Lunatic asylums Bombay report 1878-1890 - 1878-1890
Year: 1878
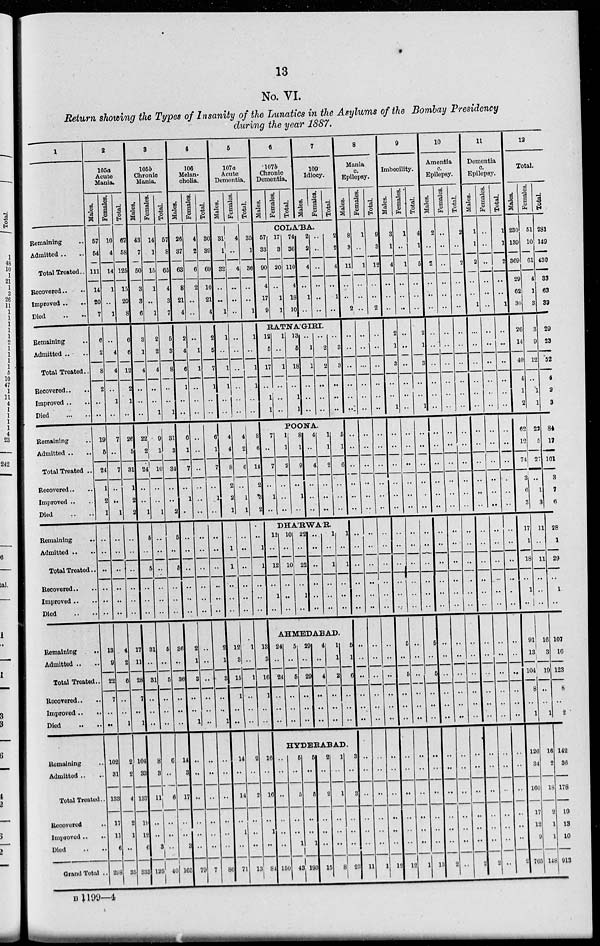
13
No. VI.
Return showing the Types of Insanity of the Lunatics in the Asylums of the Bombay Presidency
during the year 1887.
1
Remaining ..
Admitted ..
Total Treated..
Recovered .. ..
Improved .. ..
Died .. ..
Remaining ..
Admitted .. ..
Total Treated..
Recovered.. ..
Improved .. ..
Died
..
..
Remaining ..
Admitted ..
Total Treated ..
Recovered.. ..
Improved .. ..
Died .. ..
Remaining ..
Admitted .. ..
Total Treated ..
Recovered .. ..
Improved .. ..
Died .. ..
Remaining
..
Admitted .. ..
Total Treated..
Recovered . . ..
Improved .. ..
Died .. ..
Remaining ..
Admitted .. ..
Total Treated..
Recovered
..
Improved ..
..
Died .. ..
Grand Total ..
2
105a
Acute
Mania.
Males.
67
54
111
14
20
7
6
2
8
2
..
..
19
5
24
1
2
1
..
..
..
..
..
..
13
9
22
7
..
..
102
31
133
17
11
6
298
Females.
10
4
14
1
..
1
..
4
4
..
1
..
7
..
7
..
..
1
..
..
..
..
..
..
4
2
6
..
..
1
2
2
4
2
1
..
35
Total.
77
58
125
15
20
8
6
6
12
2
1
..
26
5
31
1
2
2
..
..
..
..
..
..
17
11
28
7
..
1
104
33
137
19
12
6
333
3
105b
Chronic
Mania.
Males.
43
7
50
3
3
6
3
1
4
..
..
..
22
2
24
..
..
1
5
..
5
..
..
..
31
..
31
..
..
..
8
3
11
..
..
3
125
Females.
14
1
15
1
..
1
2
2
4
..
..
1
9
1
10
..
..
1
..
..
..
..
..
..
5
..
5
..
..
..
6
..
6
..
..
..
40
Total
57
8
65
4
3
7
5
3
8
..
..
1
31
3
34
..
..
2
5
..
5
..
..
..
36
..
36
..
..
..
14
3
17
..
..
3
165
4
106
Melan-
cholia.
Males.
26
87
63
8
21
4
2
4
6
1
..
..
6
1
7
..
1
..
..
..
..
..
..
..
2
1
3
..
..
1
..
..
..
..
..
..
79
Females.
4
2
6
2
..
..
..
1
1
..
..
..
..
..
..
..
..
..
..
..
..
..
..
..
..
..
..
..
..
..
..
..
..
..
..
..
7
Total.
30
89
69
10
21
4
2
5
7
1
..
..
6
1
7
..
1
..
..
..
..
..
..
..
2
1
3
..
..
1
..
..
..
..
..
..
86
5
107a
Acute
Dementia.
Males.
31
1
32
..
..
1
1
..
1
1
..
..
4
4
8
2
2
1
..
1
1
..
..
..
12
3
15
1
..
..
14
..
14
..
1
..
71
Females.
4
..
4
..
..
..
..
..
..
..
..
..
4
2
6
..
1
1
..
..
..
..
..
..
1
..
1
..
..
..
2
..
2
..
..
..
13
Total.
6
107b
Chronic
Dementia.
Males.
Females.
Total.
7
109
Idiocy.
Males.
Females. Total.
COLÁBA.
35
1
36
..
..
1
1
..
1
..
..
..
8
6
14
2
3
2
..
1
1
..
..
..
13
3
16
1
..
..
16
..
16
..
1
..
84
57
33
80
4
17
9
17
3
30
..
1
1
74
36
110
4
18
10
2
2
4
..
1
..
..
..
..
..
..
..
2
2
4
..
1
..
RATNÁGIRI.
12
5
17
..
1
1
1
..
1
..
..
..
13
5
18
..
1
1
..
1
1
..
..
..
..
2
2
..
..
..
..
3
3
..
..
..
POONA.
7
..
7
..
1
..
1
1
2
..
..
..
8
1
9
..
1
..
4
..
4
..
..
..
1
1
2
..
..
..
5
1
6
..
..
..
DHÁRWAR.
12
..
12
..
1
..
10
..
10
..
..
..
22
..
22
..
1
..
..
..
..
..
..
..
1
..
1
..
..
..
1
..
1
..
..
..
AHMEDABAD.
24
..
24
..
..
..
5
..
5
..
..
..
29
..
29
..
..
..
4
..
4
..
..
..
1
1
2
..
..
..
5
1
6
..
..
..
HYDERABAD.
..
..
..
..
..
..
150
5
..
5
..
..
1
43
5
..
5
..
..
1
193
2
..
2
..
..
..
15
1
..
1
..
..
..
8
3
..
3
..
..
..
23
8
Mania
c.
Epilepsy.
Males.
8
3
11
..
..
2
..
..
..
..
..
..
..
..
..
..
..
..
..
..
..
..
..
..
..
..
..
..
..
..
..
..
..
..
..
..
11
Females.
1
..
1
..
..
..
..
..
..
..
..
..
..
..
..
..
..
..
..
..
..
..
..
..
..
..
..
..
..
..
..
..
..
..
..
..
1
Total.
9
3
12
..
..
2
..
..
..
..
..
..
..
..
..
..
..
..
..
..
..
..
..
..
..
..
..
..
..
..
..
..
..
..
..
..
12
9
Imbecility.
Males.
3
1
4
..
..
..
2
1
3
..
..
1
..
..
..
..
..
..
..
..
..
..
..
..
5
..
5
..
..
..
..
..
..
..
..
..
12
Females.
1
..
1
..
..
..
..
..
..
..
..
..
..
..
..
..
..
..
..
..
..
..
..
..
..
..
..
..
..
..
..
..
..
..
..
..
1
Total.
4
1
5
..
..
..
2
1
3
..
..
1
..
..
..
..
..
..
..
..
..
..
..
..
5
..
5
..
..
..
..
..
..
..
..
..
13
10
Amentia
c.
Epilepsy.
Males.
2
..
2
..
..
..
..
..
..
..
..
..
..
..
..
..
..
..
..
..
..
..
..
..
..
..
..
..
..
..
..
..
..
..
..
..
2
Females.
..
..
..
..
..
..
..
..
..
..
..
..
..
..
..
..
..
..
..
..
..
..
..
..
..
..
..
..
..
..
..
..
..
..
..
..
..
Total.
2
..
2
..
..
..
..
..
..
..
..
..
..
..
..
..
..
..
..
..
..
..
..
..
..
..
..
..
..
..
..
..
..
..
..
..
2
11
Dementia
c.
Epilepsy.
Males.
1
1
2
..
..
1
..
..
..
..
..
..
..
..
..
..
..
..
..
..
..
..
..
..
..
..
..
..
..
..
..
..
..
..
..
..
2
Females.
..
..
..
..
..
..
..
..
..
..
..
..
..
..
..
..
..
..
..
..
..
..
..
..
..
..
..
..
..
..
..
..
..
..
..
..
..
Total.
1
1
2
..
..
1
..
..
..
..
..
..
..
..
..
..
..
..
..
..
..
..
..
..
..
..
..
..
..
..
..
..
..
..
..
..
2
12
Total.
Males.
230
139
369
29
62
30
26
14
40
4
1
2
62
12
74
3
6
3
17
1
18
..
1
..
91
13
104
8
..
1
126
34
160
17
12
9
765
Females.
51
10
61
4
1
3
3
9
12
..
1
1
22
5
27
..
1
3
11
..
11
..
..
..
16
3
19
..
..
1
16
2
18
2
1
1
148
Total.
281
149
430
33
63
33
29
23
52
4
2
3
84
17
101
3
7
6
28
1
29
..
1
..
107
16
123
8
..
2
142
36
178
19
13
10
913
B
1199—4